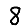
Digit: 8